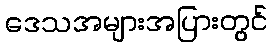
ဒေသအများအပြားတွင်